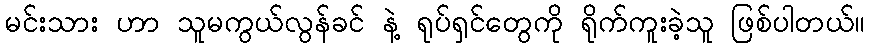
မင်းသား ဟာ သူမကွယ်လွန်ခင် နဲ့ ရုပ်ရှင်တွေကို ရိုက်ကူးခဲ့သူ ဖြစ်ပါတယ်။